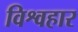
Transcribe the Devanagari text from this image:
विश्वहार